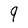
Character: 9